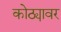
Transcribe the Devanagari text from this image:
कोठ्यावर